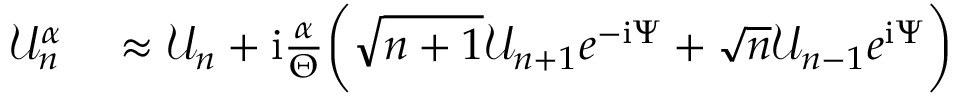
\begin{array} { r l } { \mathcal { U } _ { n } ^ { \alpha } } & { { } \approx \mathcal { U } _ { n } + \mathrm { i } \frac { \alpha } { \Theta } \bigg ( \sqrt { n + 1 } \mathcal { U } _ { n + 1 } e ^ { - \mathrm { i } \Psi } + \sqrt { n } \mathcal { U } _ { n - 1 } e ^ { \mathrm { i } \Psi } \bigg ) } \end{array}